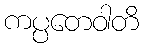
ကပ္ပတေဝါတိ